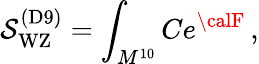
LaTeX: \mathcal{S}_{\mathrm{{WZ}}}^{\mathrm{{(D9)}}}=\int_{M^{10}}Ce^{{\calF}}\, ,